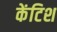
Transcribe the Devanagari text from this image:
केंटिश